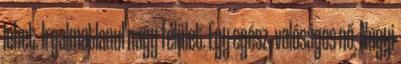
lehet. Irgalmatlanul nagy felület. Egy egész, valóságos nő. Nagyi